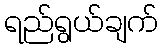
ရည်ရွယ်ချက်